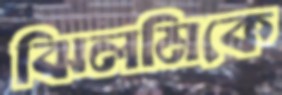
ঝিলমিকে